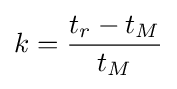
k={\frac {t_{r}-t_{M}}{t_{M}}}